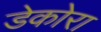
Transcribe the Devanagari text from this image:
डेकोरा